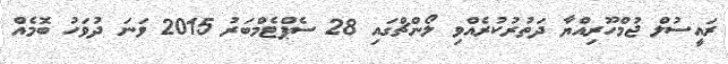
ރައީސުލް ޖުމްހޫރިއްޔާ ދަތުރުކުރެއްވި ލޯންޗްގައި 28 ސެޕްޓެމްބަރު 2015 ވަނަ ދުވަހު ބޮމެއް